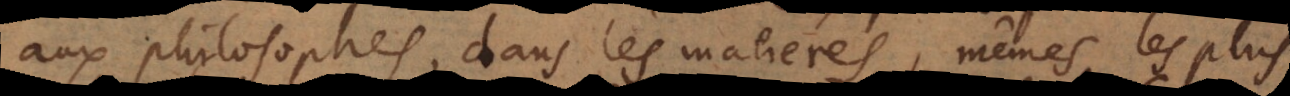
aux philosophes, dans les matieres mêmes les plus